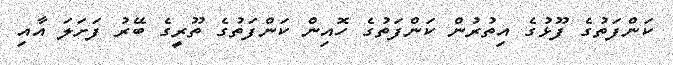
ކަންފަތުގެ ފޫޅުގެ އިތުރުން ކަންފަތުގެ ހޮއިން ކަންފަތުގެ ތޫރީގެ ބޭރު ފަށަލަ އާއި